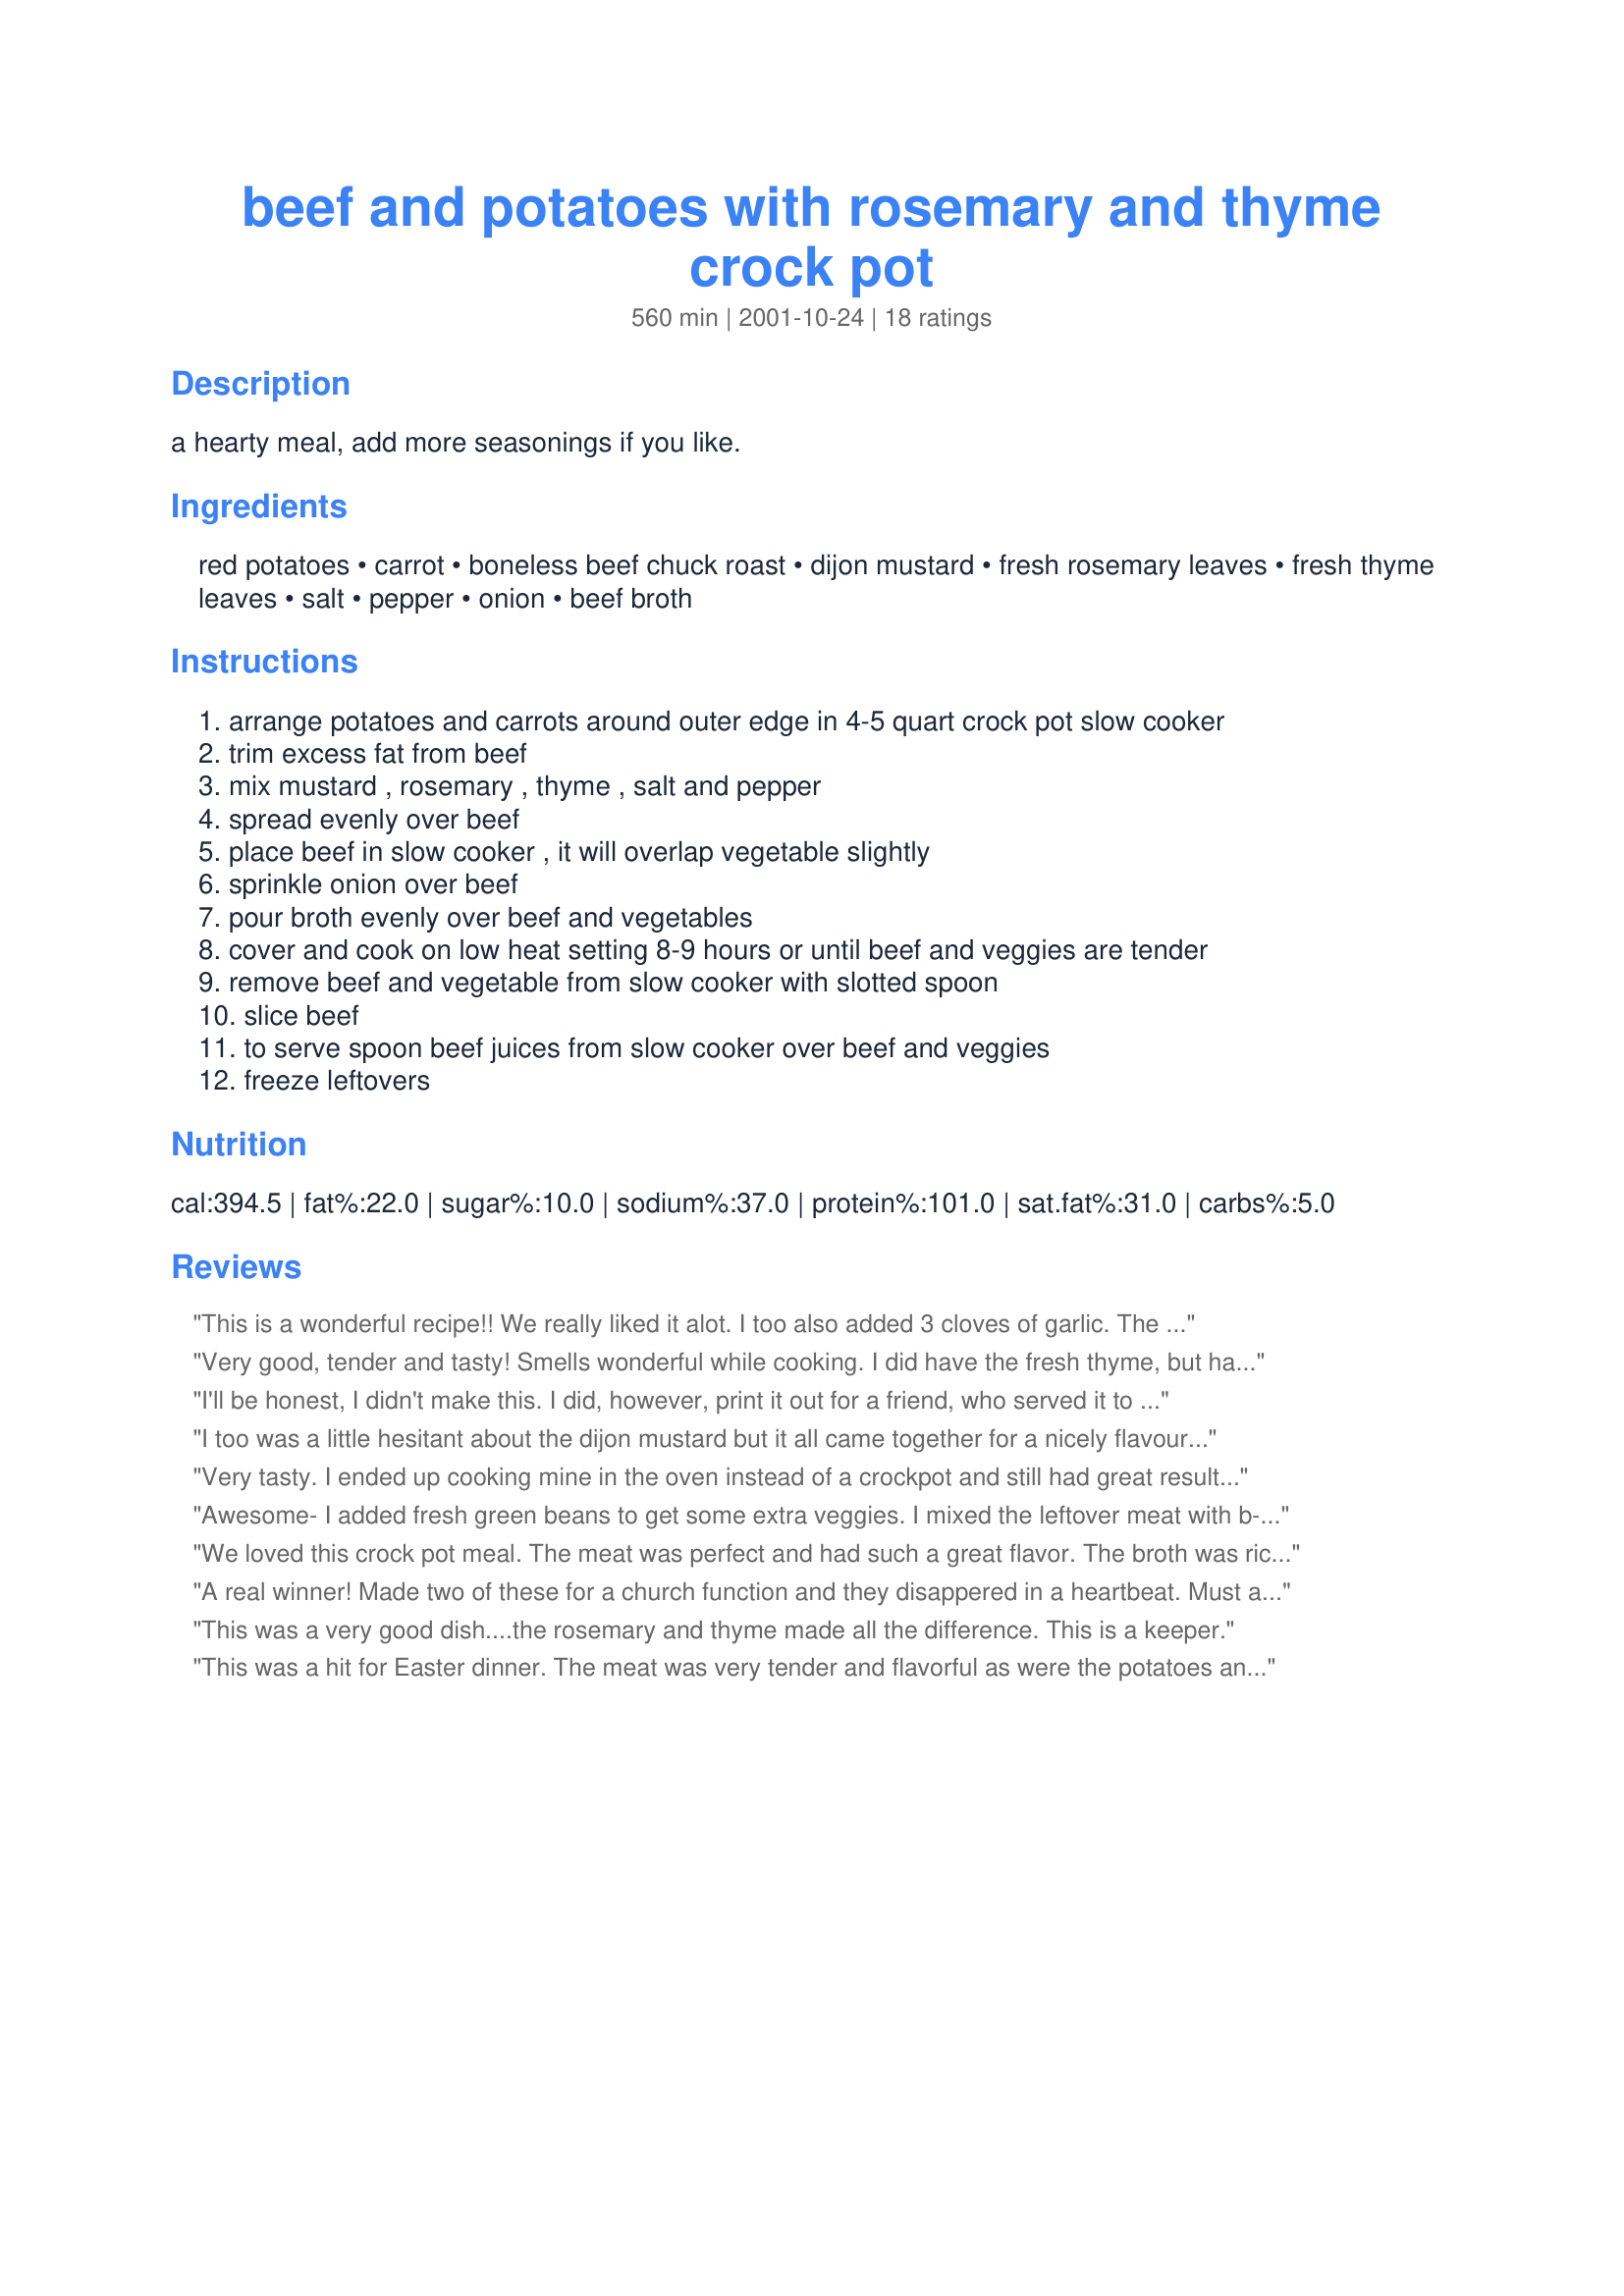
beef and potatoes with rosemary and thyme crock pot
Preparation time: 560 minutes

a hearty meal, add more seasonings if you like.

Ingredients:
red potatoes, carrot, boneless beef chuck roast, dijon mustard, fresh rosemary leaves, fresh thyme leaves, salt, pepper, onion, beef broth

Steps:
arrange potatoes and carrots around outer edge in 4-5 quart crock pot slow cooker
trim excess fat from beef
mix mustard , rosemary , thyme , salt and pepper
spread evenly over beef
place beef in slow cooker , it will overlap vegetable slightly
sprinkle onion over beef
pour broth evenly over beef and vegetables
cover and cook on low heat setting 8-9 hours or until beef and veggies are tender
remove beef and vegetable from slow cooker with slotted spoon
slice beef
to serve spoon beef juices from slow cooker over beef and veggies
freeze leftovers

Reviews:
This is a wonderful recipe!! We really liked it alot. I too also added 3 cloves of garlic. The potatoes in this recipe after cooking in the juices were SOOOOO wonderful. Im a crockpot addict so this will be in my file for many future uses. Thanks for a great recipe!!
Very good, tender and tasty! Smells wonderful while cooking. I did have the fresh thyme, but had to use dried rosemary. I whisked in a little cornstarch to the broth before adding it to the slowcooker. Thanx for a tender, juicy roast. I'll make this again.
I'll be honest, I didn't make this. I did, however, print it out for a friend, who served it to me for lunch last Saturday. I totally enjoyed it, had seconds, and even thought about thirds. I would have added a ton of garlic, but that's just me. Thanks Dorothy, this one is a winner!
I too was a little hesitant about the dijon mustard but it all came together for a nicely flavoured all in one meal that was a snap to put together. Thanks, Dorothy!
Very tasty. I ended up cooking mine in the oven instead of a crockpot and still had great results. I cooked it for about 2hrs with foil and cooked it another 30 minutes with the foil removed. Thanks for a great recipe.
Awesome- I added fresh green beans to get some extra veggies. I mixed the leftover meat with b-b-que sauce to make sandwiches for the game!
We loved this crock pot meal. The meat was perfect and had such a great flavor. The broth was richly flavored and was wonderful poured over the roast and potatoes when served. Thanks for a nice recipe.
A real winner! Made two of these for a church function and they disappered in a heartbeat. Must admit had my doubts about the Dijon mustard, but the spices, veggies, etc. really came together for a nice, mellow flavor. This is sure to become a "crockpot classic"!
This was a very good dish....the rosemary and thyme made all the difference. This is a keeper.
This was a hit for Easter dinner. The meat was very tender and flavorful as were the potatoes and carrots. I was a little hesitent about pasting the dijon mustard plus spices directly on the chuck roast but it worked out nicely with the flavor of the thyme and rosemary permeating the meat and vegetables. I actually put the entire recipe together in the crockpot the night before, placed it in the refrigerator and on Easter morning I just plugged it in (I did make sure that the potatoes were under the beef broth to prevent any discoloration). Worked out very well and I didn't have all the work to do they day of Easter.
This recipe is excellent.....However, I did make a few variations.... I rubbed approximately 
two tablespoons of minced garlic on roast, I also put Jane's crazy salt on the roast. I
noticed the chuck roast was kind of fatty so I think next time I will be using rump or bottom 
round roast.The broth was thin so Ii added cornstarch and water which helped make it thicker.
Thank you so much for posting this recipe...I definately will be making it again.
This recipe was very easy to prepare and tasted wonderful. Everyone in the family loved it. It is so nice to open the front door and smell such an awesome aroma and know that dinner is just minutes away. Thanks for a keeper!
My husband really enjoyed it. His words were "this roast is amazing". He was hesitant at first with everything being rubbed on the roast though. I did put the mustard mixture on the roast the night before and let it sit and I cut up all the veggies (potatoes, carrots, mushrooms, & celery) the night before also and put them in containers. It made it a lot easier to prepare the next morning.
I made this for my birthday and it is delicious! I added some bell peppers with the onions to add just a bit more flavor. It&#039;s definitely worth trying!
Delicious! I'm not the biggest fan of roast beef but I thoroughly enjoyed dinner & lunch the next day. The veggies & meat are both cooked beautifully with loads of flavour!!
DH and I had this roast last night for dinner. It gets extra points from me because it was so easy for me to prepare. Wait 8 hours and viola, it is done. I used fresh rosemary and thyme from my garden and took the advice of other reviewers adding a bay leaf and a fat clove of chopped garlic in Step 3 and 3 more cloves of garlic in the crock pot. I had more than a generous amount of mustard mix to pat onto the roast and it smelled incredibly fragrant. However, after 8 hours, not alot of the herb/mustard taste came through on the meat itself, which was disappointing. The broth had a nice flavor. Thanks for this quick and easy meal.
Very good, a must try.
Thank you Dorothy for this crockpot recipe.....I only added a few things just to kick it up a little;>).....2 tsp ready to serve chopped garlic and 1 medium bay leaf also used Kosher salt....must say the best I have had!!!!
